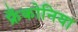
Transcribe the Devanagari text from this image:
फ्रँकोनिया